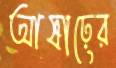
আষাঢ়ের